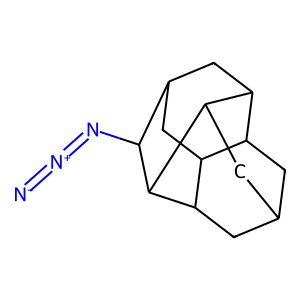
SMILES: [N-]=[N+]=NC1C2CC3C4CC5CC3C1C(C5)C4C2
Inhibits HIV replication: No